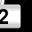
Digit: 2